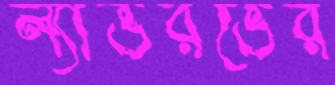
ল্যাভরভের